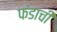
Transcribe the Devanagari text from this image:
फंडाची